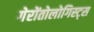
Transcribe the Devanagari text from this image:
गेरोंतोलोगिस्ट्स